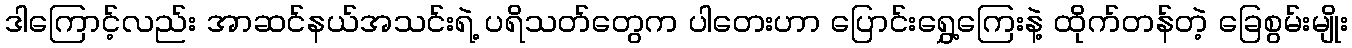
ဒါကြောင့်လည်း အာဆင်နယ်အသင်းရဲ့ ပရိသတ်တွေက ပါတေးဟာ ပြောင်းရွှေ့ကြေးနဲ့ ထိုက်တန်တဲ့ ခြေစွမ်းမျိုး